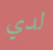
لدي